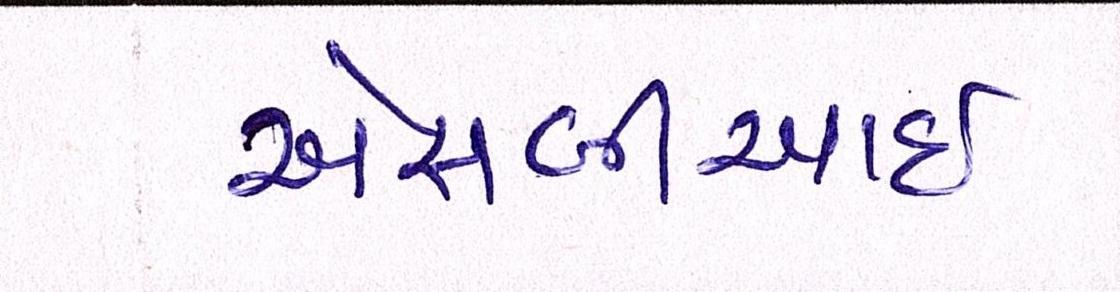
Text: એસબીઆઇ